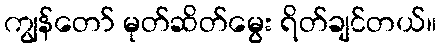
ကျွန်တော် မုတ်ဆိတ်မွေး ရိတ်ချင်တယ်။